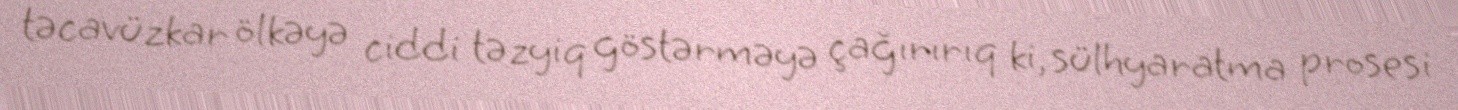
təcavüzkar ölkəyə ciddi təzyiq göstərməyə çağırırıq ki, sülhyaratma prosesi